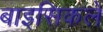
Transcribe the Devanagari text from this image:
बाइसिकलें